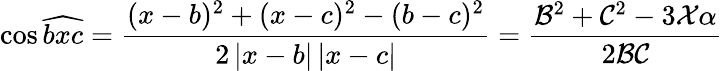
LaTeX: \cos\widehat{bxc}=\frac{(x-b)^{2}+(x-c)^{2}-(b-c)^{2}}{2\left|x-b\right|\left|x-c\right|}=\frac{\mathcal{B}^{2}+\mathcal{C}^{2}-3\mathcal{X}\alpha}{2\mathcal{BC}}